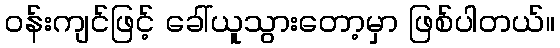
ဝန်းကျင်ဖြင့် ခေါ်ယူသွားတော့မှာ ဖြစ်ပါတယ်။